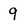
Character: 9